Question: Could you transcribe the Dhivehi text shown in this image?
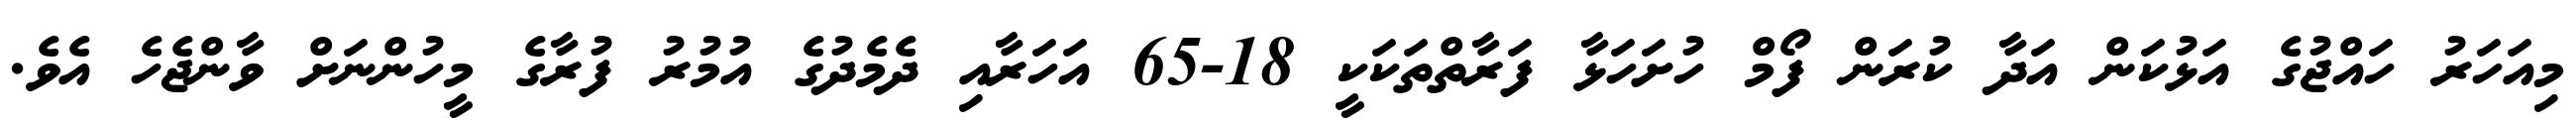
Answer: މިއަހަރު ހައްޖުގެ އަޅުކަން އަދާ ކުރަން ފޯމް ހުށަހަޅާ ފަރާތްތަކަކީ 18-65 އަހަރާއި ދެމެދުގެ އުމުރު ފުރާގެ މީހުންނަށް ވާންޖެހެ އެވެ.